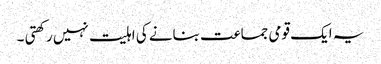
یہ ایک قومی جماعت بنانے کی اہلیت نہیں رکھتی ۔